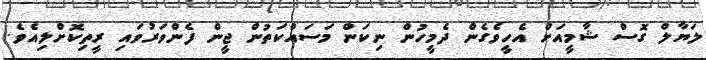
ލަޔާލް ގޮސް ޝާމީއަށް އެހީވެގެން ދެމީހުން ނިކަން މަސައްކަތުން ޖީން ފެންވަރުވައި ރީތިކޮށްލިއެވެ.